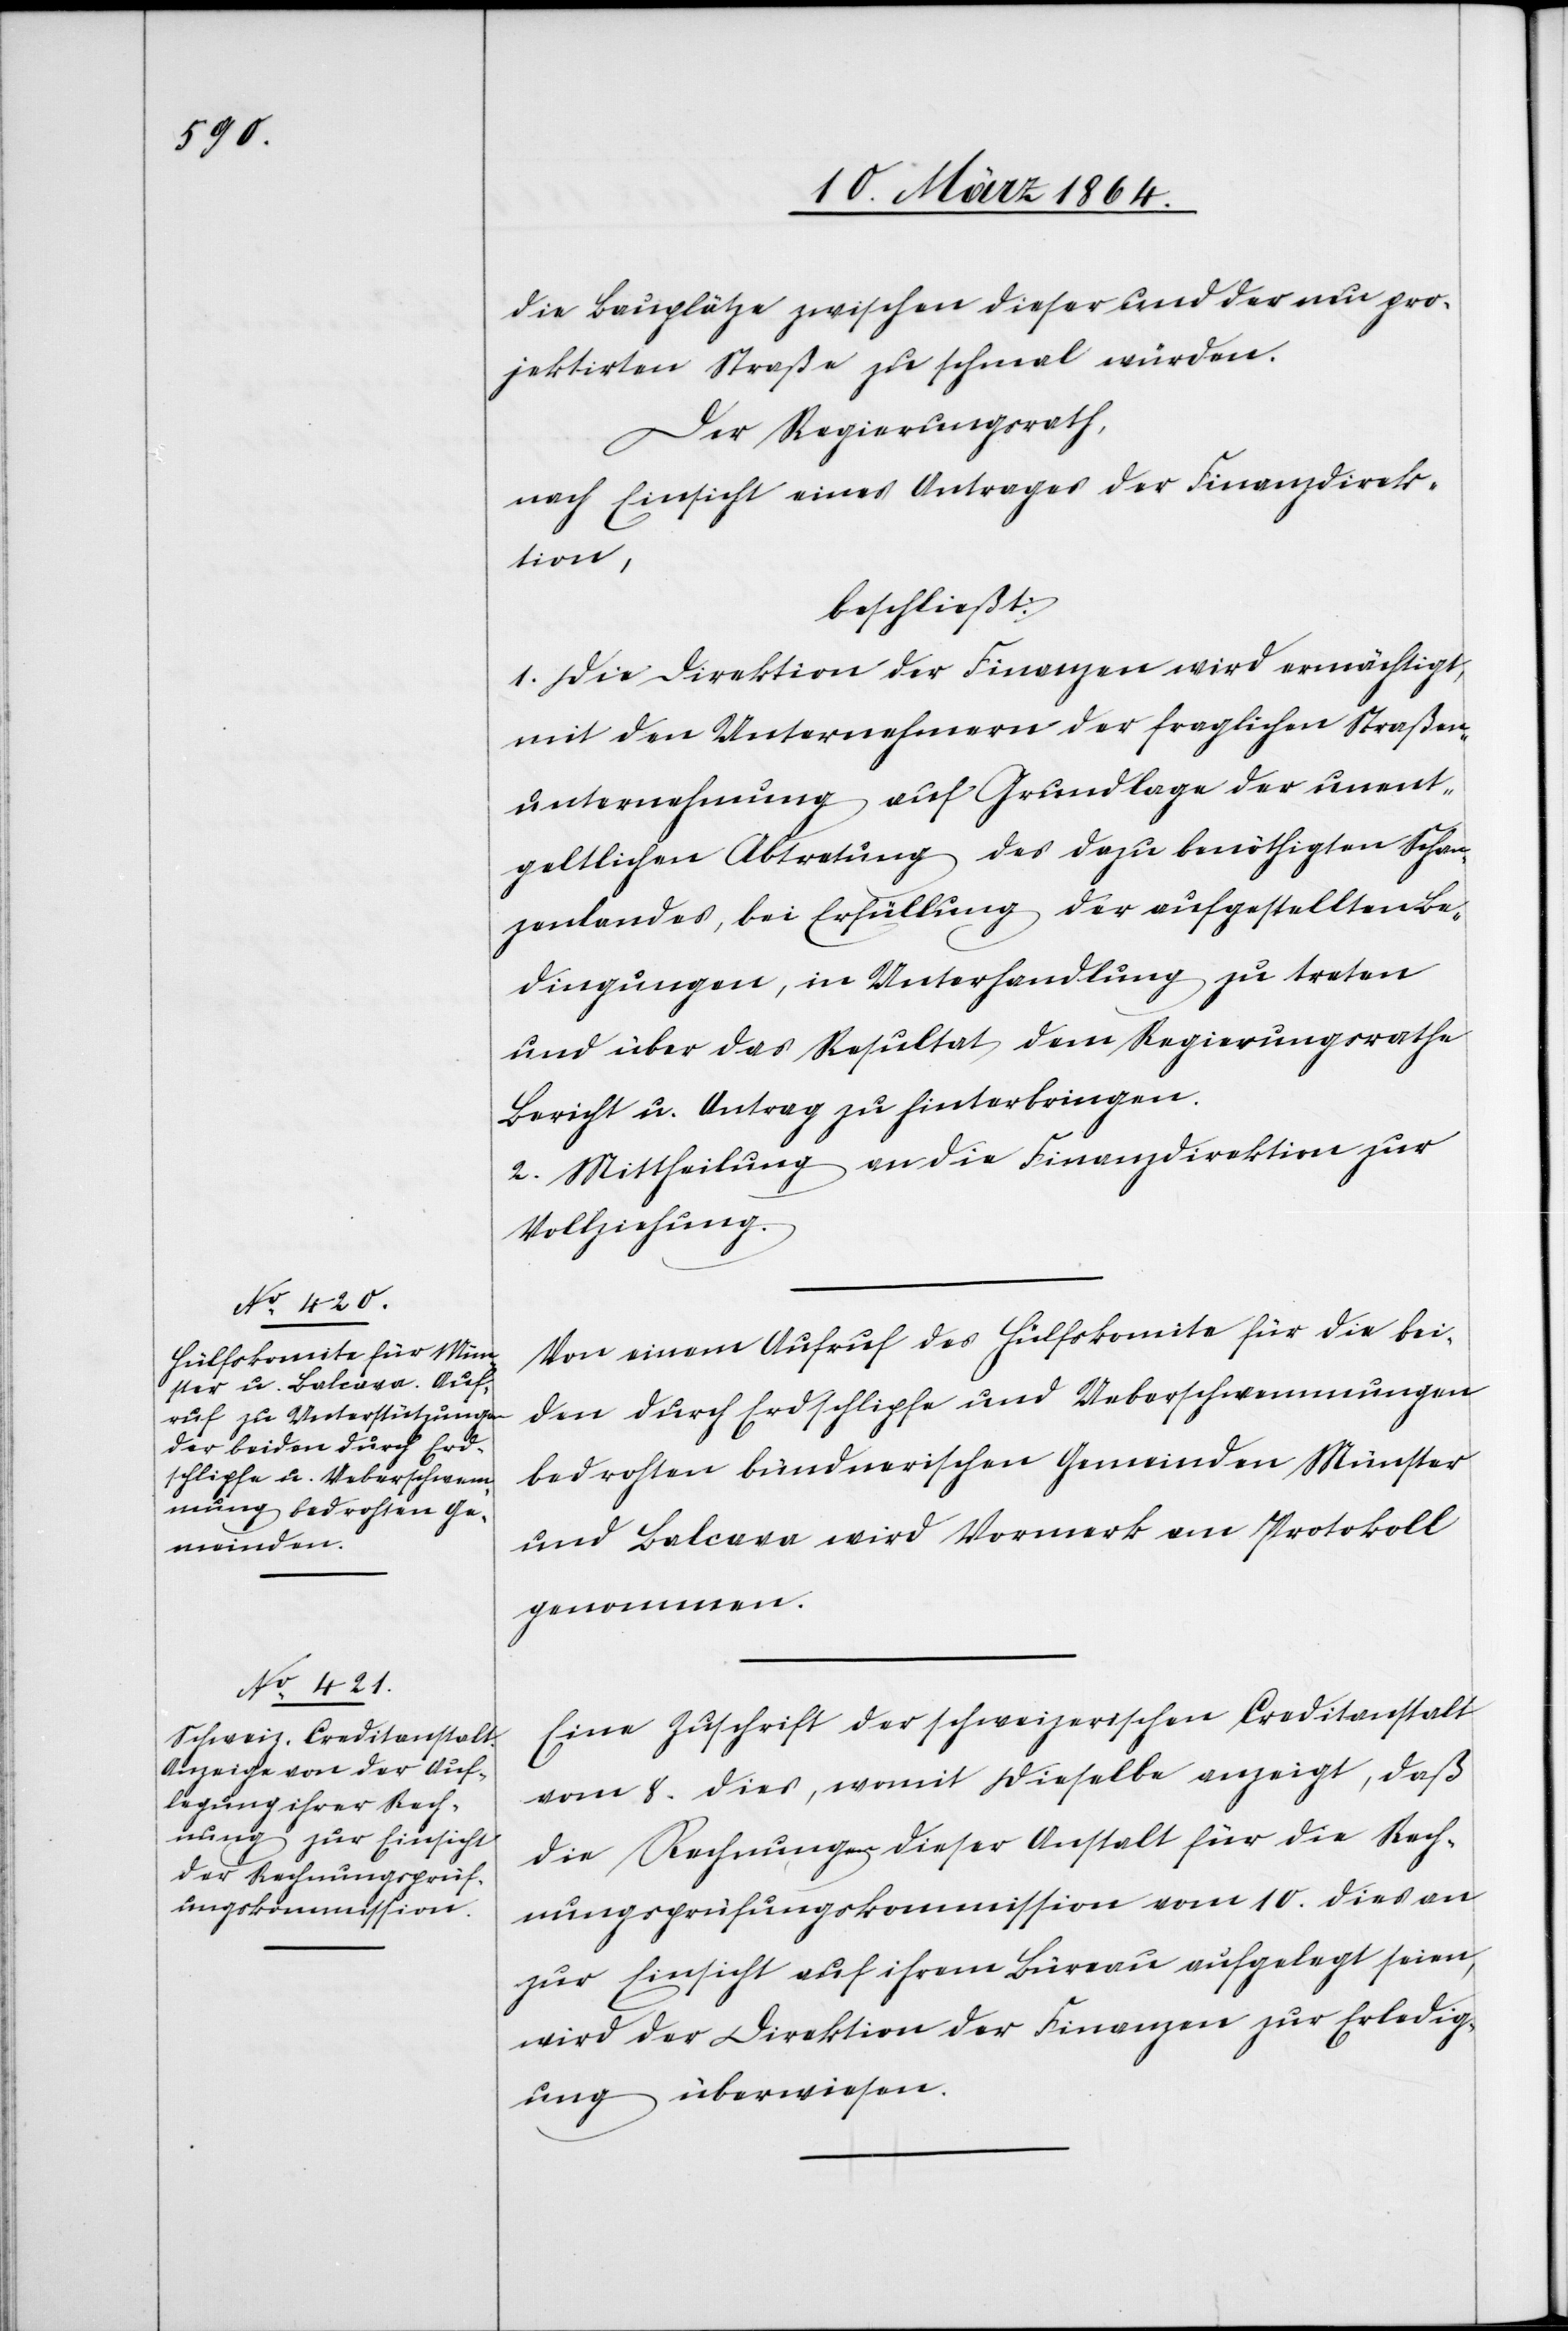
die Bauplätze zwischen dieser und der neu pro¬
jektirten Straße zu schmal würden.
Der Regierungsrath
nach Einsicht eines Antrages der Finanzdirek¬
tion,
beschließt:
1. Die Direktion der Finanzen wird ermächtigt,
mit den Unternehmern der fraglichen Straßen¬
unternehmung auf Grundlage der unent¬
geltlichen Abtretung des dazu benöthigten Schan¬
zenlandes, bei Erfüllung der aufgestellten Be¬
dingungen, in Unterhandlung zu treten
und über das Resultat dem Regierungsrathe
Bericht u. Antrag zu hinterbringen.
2. Mittheilung an die Finanzdirektion zur
Vollziehung.
Von einem Aufruf des Hülfskomite für die bei¬
den durch Erdschlipfe und Ueberschwemmungen
bedrohten bündnerischen Gemeinden Münster
und Balcava wird Vormerk am Protokoll
genommen.
Eine Zuschrift der schweizerischen Creditanstalt
vom 8. dies, womit dieselbe anzeigt, daß
die Rechungen dieser Anstalt für die Rech¬
nungsprüfungskommission vom 10. dies an
zur Einsicht auf ihrem Büreau aufgelegt seien,
wird der Direktion der Finanzen zur Erledig¬
ung überwiesen.